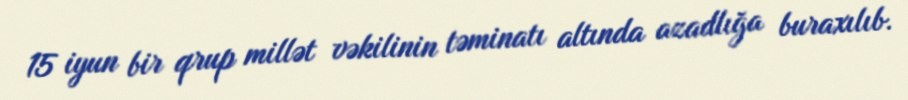
15 iyun bir qrup millət vəkilinin təminatı altında azadlığa buraxılıb.